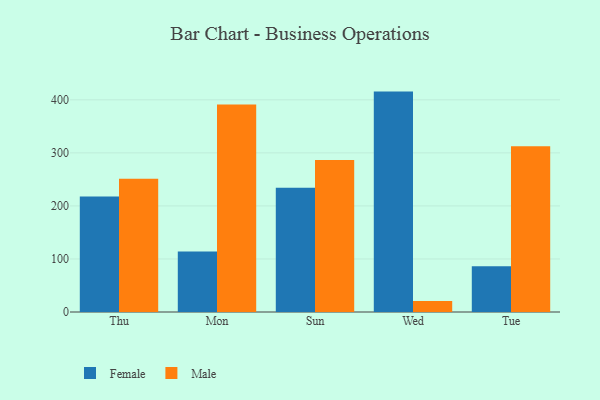
{"axis": {"x": "Day", "y": "Waste Production (Tons)"}, "legend": ["Female", "Male"], "data": [{"x": "Thu", "y": 217.8, "type": "Female"}, {"x": "Thu", "y": 251.0, "type": "Male"}, {"x": "Mon", "y": 113.9, "type": "Female"}, {"x": "Mon", "y": 391.0, "type": "Male"}, {"x": "Sun", "y": 234.4, "type": "Female"}, {"x": "Sun", "y": 286.5, "type": "Male"}, {"x": "Wed", "y": 415.5, "type": "Female"}, {"x": "Wed", "y": 20.8, "type": "Male"}, {"x": "Tue", "y": 86.4, "type": "Female"}, {"x": "Tue", "y": 312.7, "type": "Male"}]}